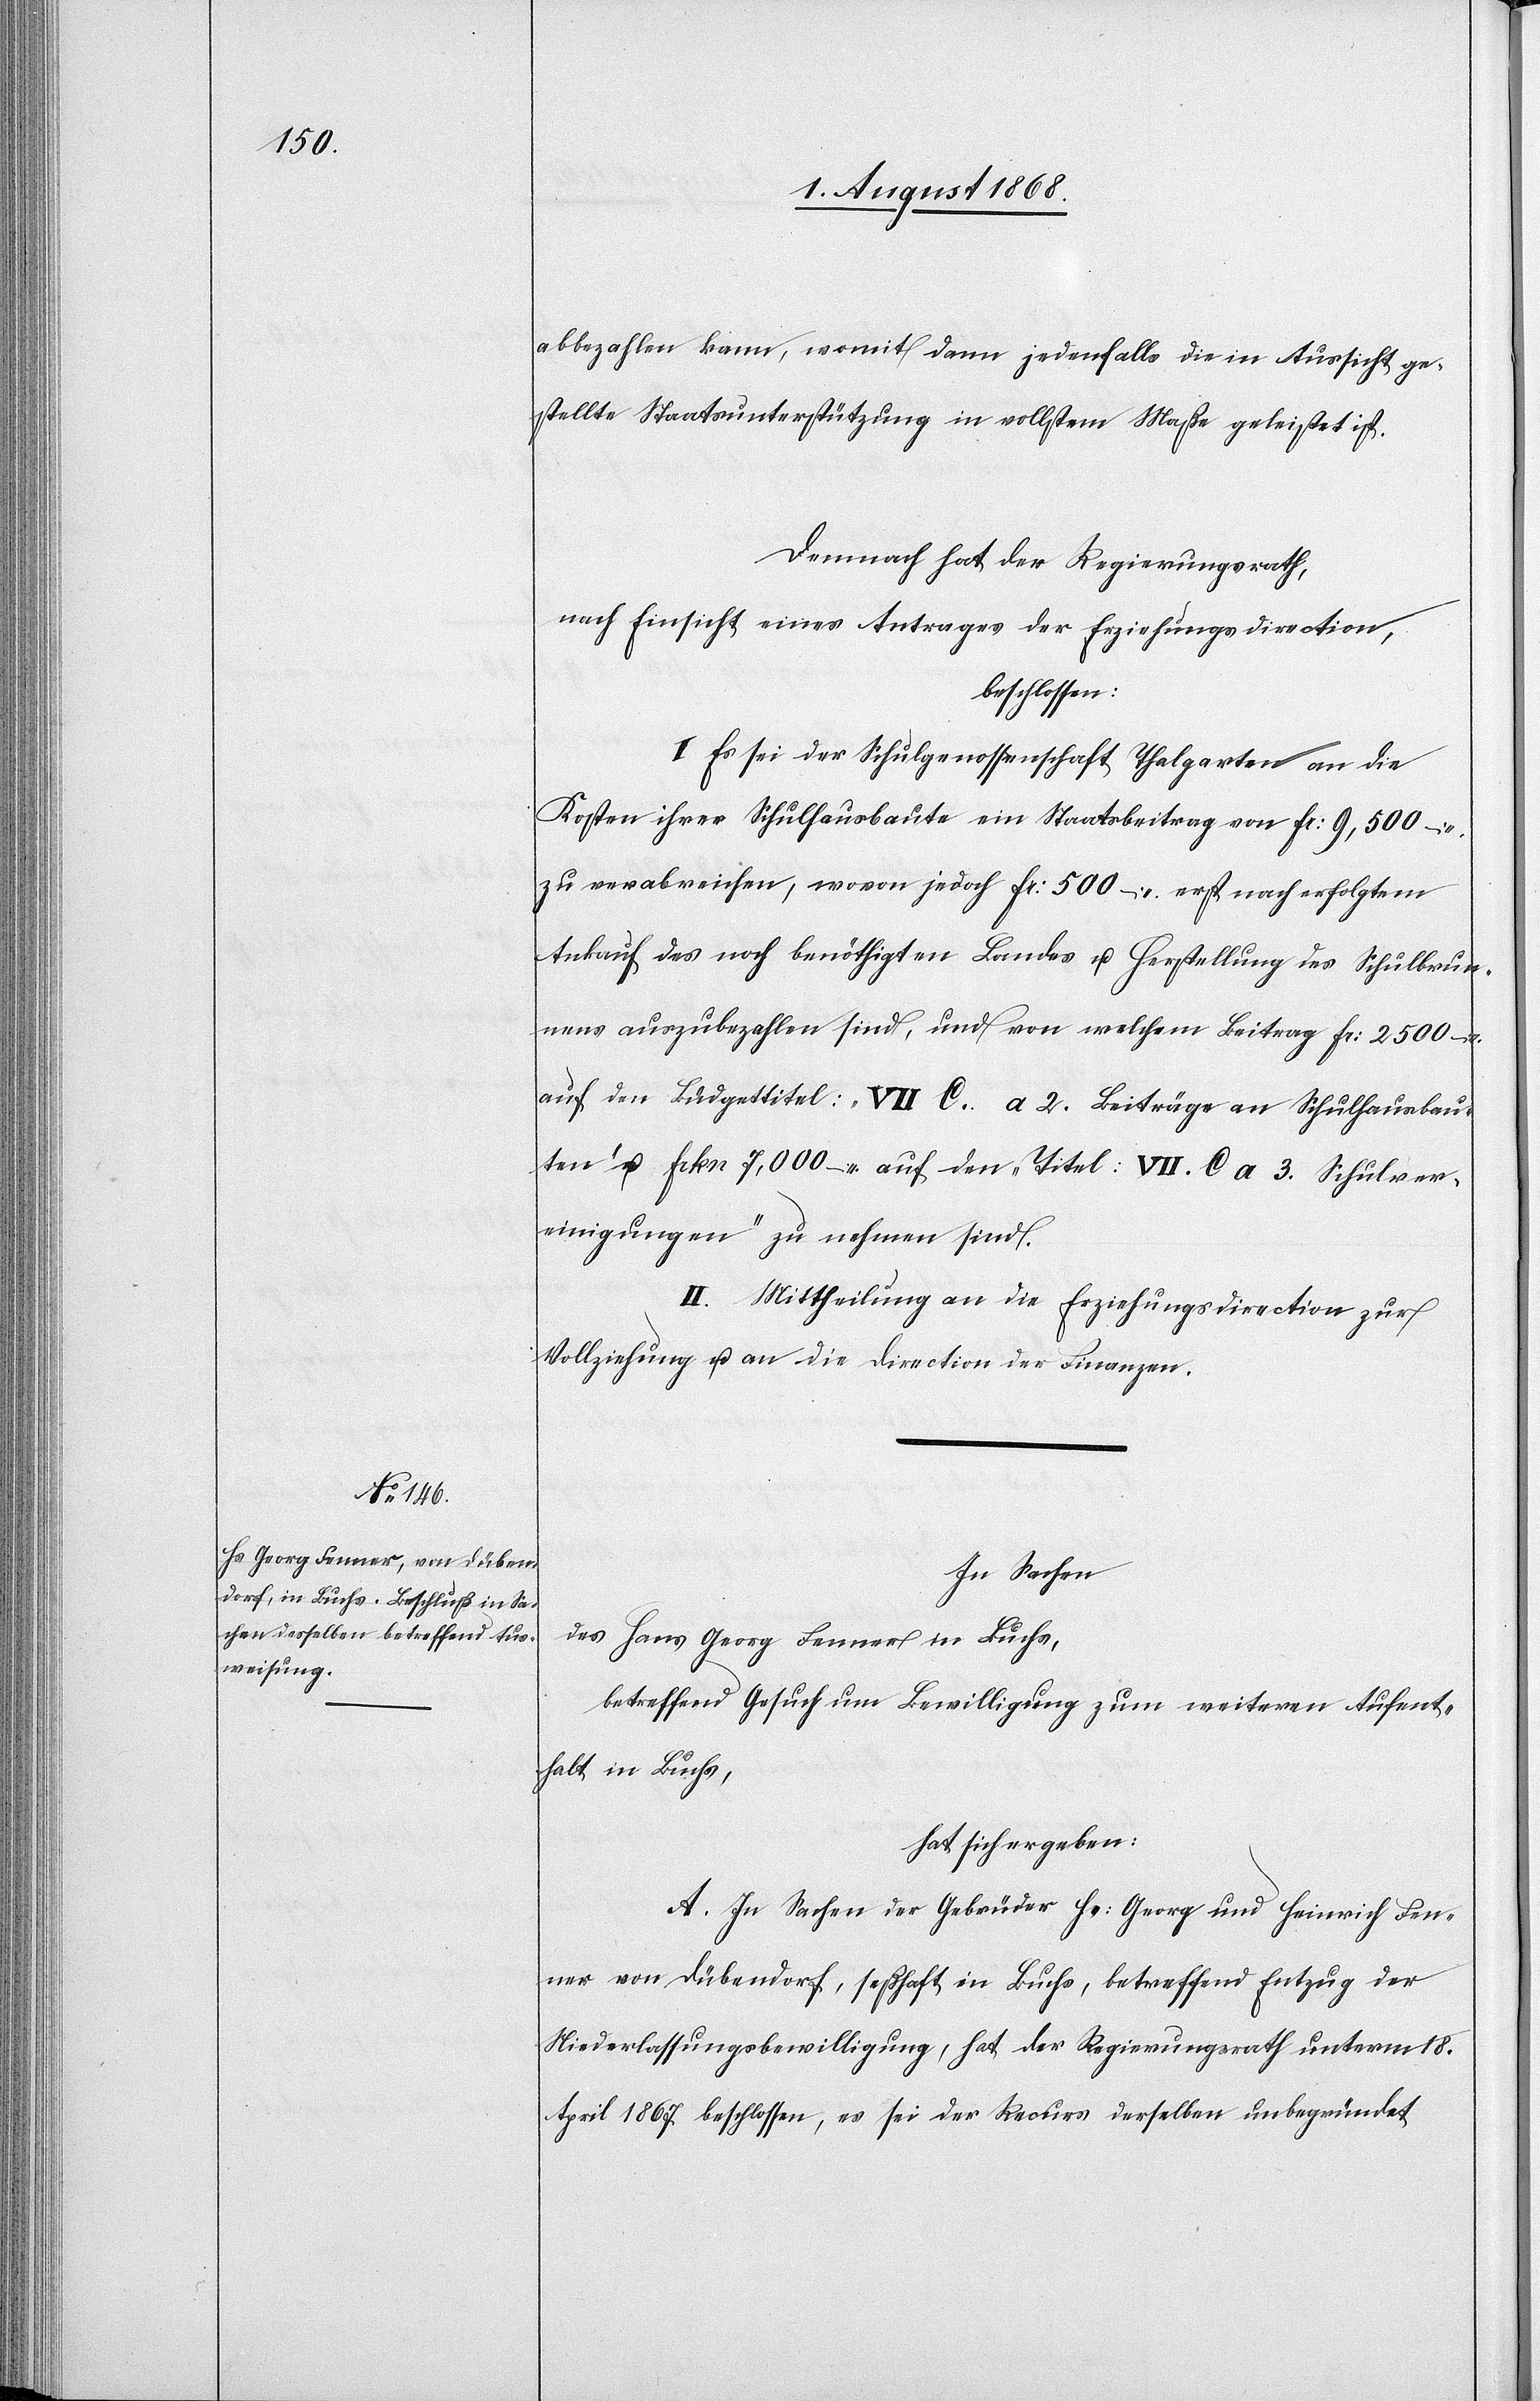
abbezahlen kann, womit dann jedenfalls die in Aussicht ge¬
stellte Staatsunterstützung in vollstem Maße geleistet ist.
Demnach hat der Regierungsrath,
nach Einsicht eines Antrages der Erziehungsdirection,
beschlossen:
I. Es sei der Schulgenossenschaft Thalgarten an die
Kosten ihrer Schulhausbaute ein Staatsbeitrag von Fr: 9,500 –
zu verabreichen, wovon jedoch Fr: 500 – erst nach erfolgtem
Ankauf des noch benöthigten Landes u. Herstellung des Schulbrun¬
nens auszubezahlen sind, und von welchem Beitrag Fr: 2500 –
auf den Büdgettitel: „VII C. a 2. Beiträge an Schulhausbau¬
ten“ u. Frkn 7,000 – auf den „Titel: VII. C a 3. Schulver¬
einigungen“ zu nehmen sind.
II. Mittheilung an die Erziehungsdirection zur
Vollziehung u. an die Direction der Finanzen.
In Sachen
des Hans Georg Fenner in Buchs,
betreffend Gesuch um Bewilligung zum weiteren Aufent¬
halt in Buchs,
hat sich ergeben:
A. In Sachen der Gebrüder Hs: Georg und Heinrich Fen¬
ner von Dübendorf, seßhaft in Buchs, betreffend Entzug der
Niederlassungsbewilligung, hat der Regierungsrath unterm 18.
April 1867 beschlossen, es sei der Recurs derselben unbegründet